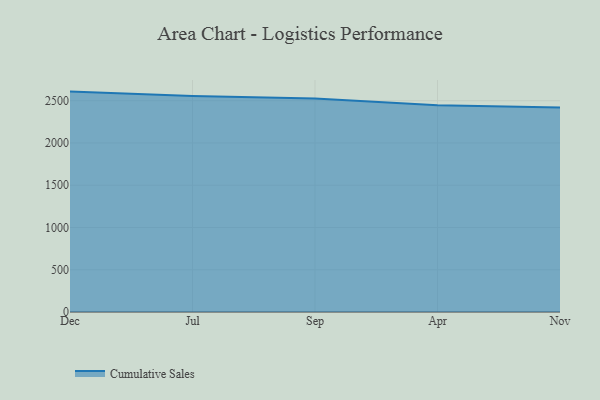
{"axis": {"x": "Month", "y": "Customer Acquisition Cost (USD)"}, "legend": ["Cumulative Sales"], "data": [{"x": "Dec", "y": 2607.9, "type": "Cumulative Sales"}, {"x": "Jul", "y": 2556.2, "type": "Cumulative Sales"}, {"x": "Sep", "y": 2524.8, "type": "Cumulative Sales"}, {"x": "Apr", "y": 2445.8, "type": "Cumulative Sales"}, {"x": "Nov", "y": 2419.9, "type": "Cumulative Sales"}]}